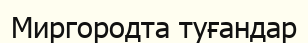
Миргородта туғандар